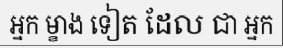
អ្នក ម្ខាង ទៀត ដែល ជា អ្នក